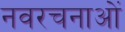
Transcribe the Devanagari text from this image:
नवरचनाओं